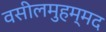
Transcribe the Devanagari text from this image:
वसीलमुहम्मद